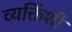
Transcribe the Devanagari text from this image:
व्यक्तिंशी